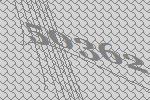
50362